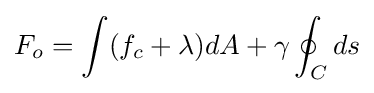
F_{o}=\int (f_{c}+\lambda )dA+\gamma \oint _{C}ds